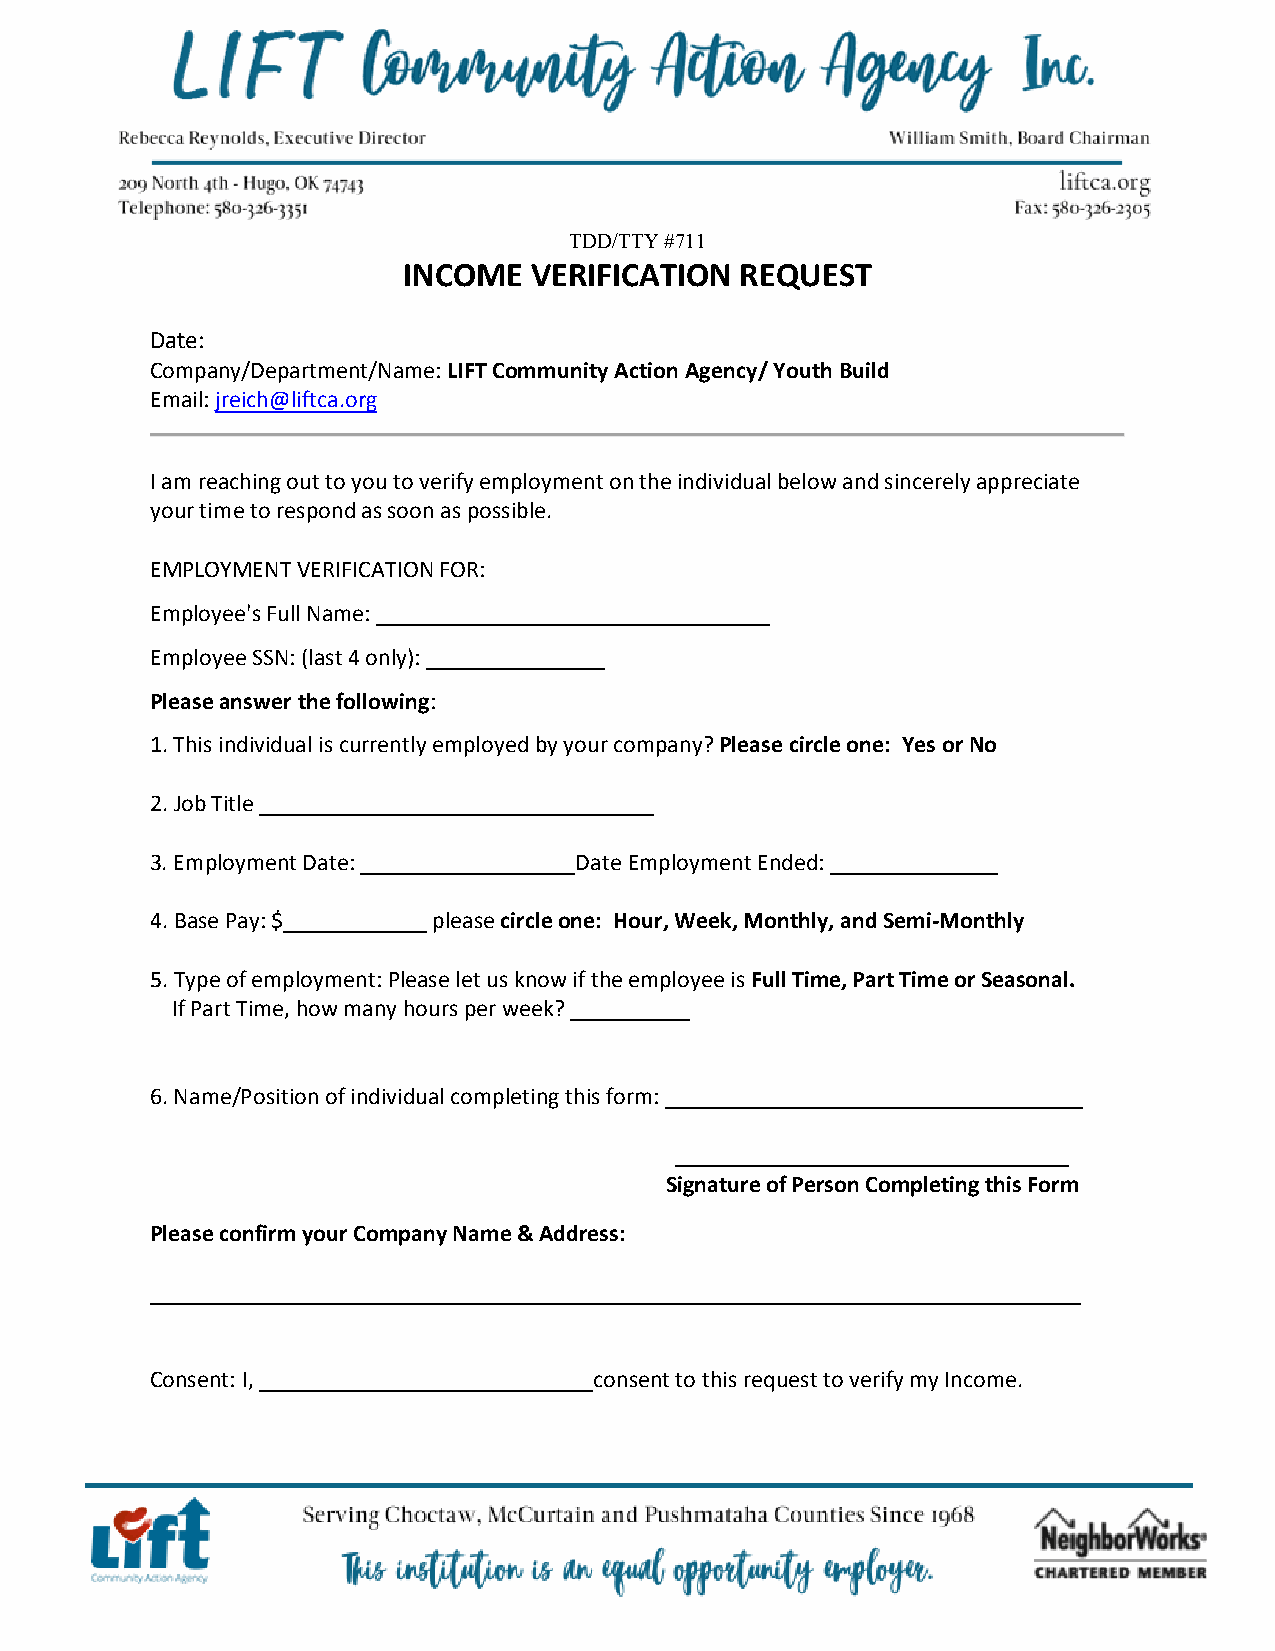
TDD/TTY #711
 INCOME  VERIFICATION  REQUEST
 Date:
 Company/Department/Name: LIFT Community Action Agency/ Youth Build
 Email: jreich@liftca.org
 I am reaching out to you to verify employment on the individual below and sincerely appreciate
 your time to respond as soon as possible.
 EMPLOYMENT VERIFICATION FOR:
 Employee's Full Name: _________________________________
 Employee SSN: (last 4 only): _______________
 Please answer the following:
 1.This individual is currently employed by your company? Please circle one: Yes or No
 2.Job Title _________________________________
 3.Employment Date: __________________Date Employment Ended: ______________
 4.Base Pay: $____________ please circle one: Hour, Week, Monthly, and Semi-Monthly
 5.Type of employment: Please let us know if the employee is Full Time, Part Time or Seasonal.
 If Part Time, how many hours per week? __________
 6.Name/Position of individual completing this form: ___________________________________
 _________________________________
 Signature of Person Completing this Form
 Please confirm your Company Name & Address:
 ______________________________________________________________________________
 Consent: I, ____________________________consent to this request to verify my Income.